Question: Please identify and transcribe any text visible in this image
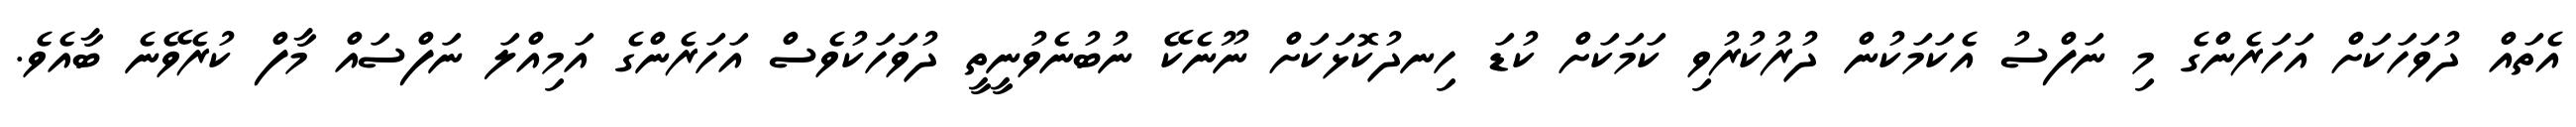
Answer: އެތައް ދުވަހަކަށް އަހަރެންގެ މި ނަފްސު އެކަމަކުން ދުރުކުރުވި ކަމަކަށް ކުޑަ ހިނދުކޮޅަކަށް ނޫނެކޭ ނުބުނެވުނީތީ ދުވަހަކުވެސް އަހަރެންގެ އަމިއްލަ ނަފްސައް މާފް ކުރެވޭނެ ބާއެވެ.